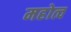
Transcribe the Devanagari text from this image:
महोत्व